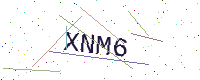
Text: XNM6